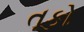
તૂકો